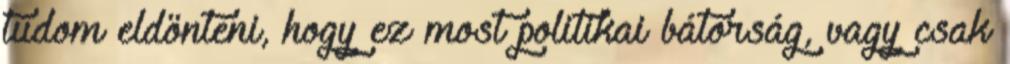
tudom eldönteni, hogy ez most politikai bátorság, vagy csak